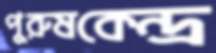
পুরুষকেন্দ্র